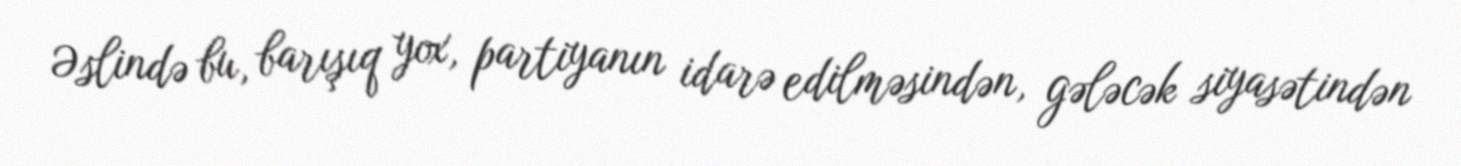
Əslində bu, barışıq yox, partiyanın idarə edilməsindən, gələcək siyasətindən